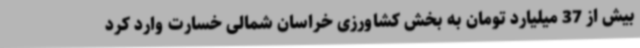
بیش از 37 میلیارد تومان به بخش کشاورزی خراسان شمالی خسارت وارد کرد